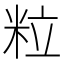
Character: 粒